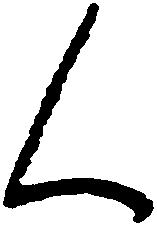
く